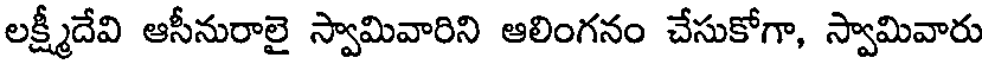
లక్ష్మీదేవి ఆసీనురాలై స్వామివారిని ఆలింగనం చేసుకోగా, స్వామివారు